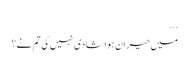
...
میں حیران ہوا شادی نہیں کی تم نے؟